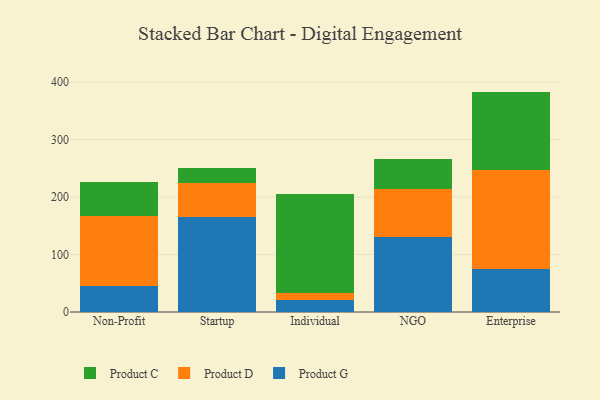
{"axis": {"x": "Segment", "y": "Website Visitors"}, "legend": ["Product C", "Product D", "Product G"], "data": [{"x": "Non-Profit", "y": 45.3, "type": "Product G"}, {"x": "Non-Profit", "y": 122.3, "type": "Product D"}, {"x": "Non-Profit", "y": 58.0, "type": "Product C"}, {"x": "Startup", "y": 165.9, "type": "Product G"}, {"x": "Startup", "y": 59.1, "type": "Product D"}, {"x": "Startup", "y": 26.0, "type": "Product C"}, {"x": "Individual", "y": 20.4, "type": "Product G"}, {"x": "Individual", "y": 13.1, "type": "Product D"}, {"x": "Individual", "y": 171.4, "type": "Product C"}, {"x": "NGO", "y": 130.9, "type": "Product G"}, {"x": "NGO", "y": 82.3, "type": "Product D"}, {"x": "NGO", "y": 52.5, "type": "Product C"}, {"x": "Enterprise", "y": 75.6, "type": "Product G"}, {"x": "Enterprise", "y": 172.0, "type": "Product D"}, {"x": "Enterprise", "y": 135.7, "type": "Product C"}]}